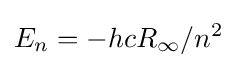
E_{n}=-hcR_{\infty }/n^{2}